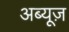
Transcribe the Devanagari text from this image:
अब्यूज़